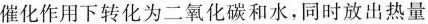
催化作用下转化为二氧化碳和水，同时放出热量